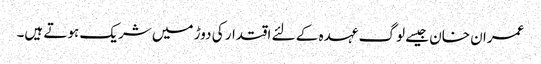
عمران خان جیسے لوگ عہدہ کے لئے اقتدار کی دوڑ میں شریک ہوتے ہیں۔